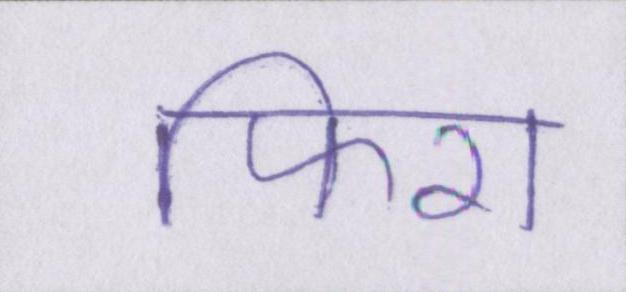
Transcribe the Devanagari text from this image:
फिरा